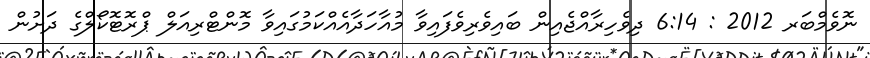
ނޮވެމްބަރ 2012 : 6:14 ދިވެހިރާއްޖެއިން ބައިވެރިވެފައިވާ މުއާހަދާއެއްކަމުގައިވާ މޮންޓްރިއަލް ޕްރޮޓޮކޯލްގެ ދަށުން